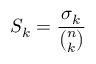
S _ { k } = { \frac { \sigma _ { k } } { \binom { n } { k } } }